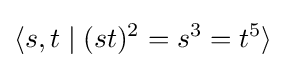
\langle s,t\mid (st)^{2}=s^{3}=t^{5}\rangle